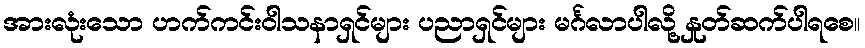
အားလုံးသော ဟက်ကင်းဝါသနာရှင်များ ပညာရှင်များ မင်္ဂလာပါလို့ နှုတ်ဆက်ပါရစေ။